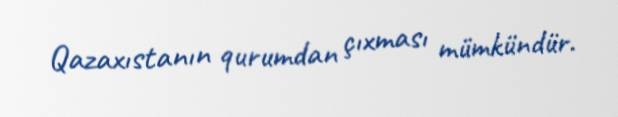
Qazaxıstanın qurumdan çıxması mümkündür.